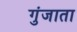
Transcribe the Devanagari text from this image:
गुंजाता